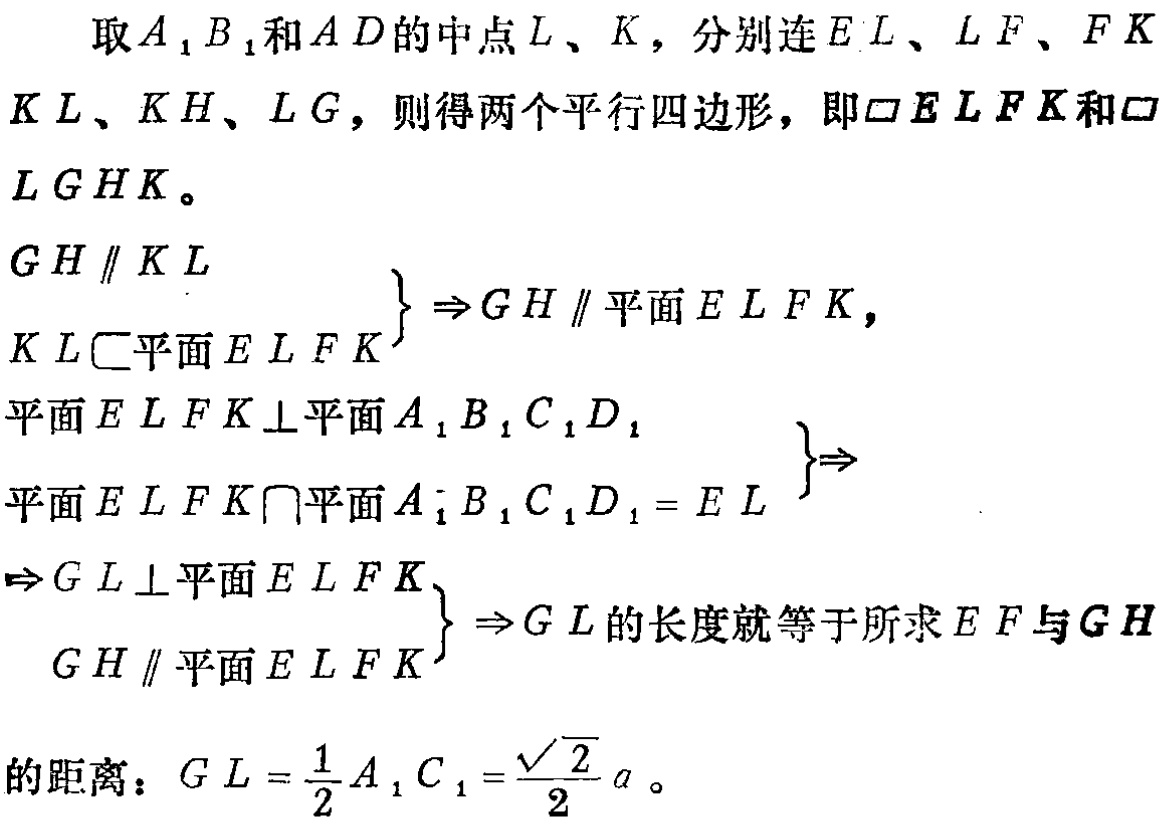
取\(A_{1}B_{1}\)和\(AD\)的中点\(L\)、\(K\)，分别连\(EL\)、\(LF\)、\(FK\)、\(KL\)、\(KH\)、\(LG\)，则得两个平行四边形，即\(\square ELFK\)和\(\square LGHK\)。
\[
\begin{align*}
\left.\begin{array}{l}
GH\parallel KL\\
KL\subset\text{平面}ELFK
\end{array}\right\}
&\Rightarrow GH\parallel\text{平面}ELFK,\\
\left.\begin{array}{l}
\text{平面}ELFK\perp\text{平面}A_{1}B_{1}C_{1}D_{1}\\
\text{平面}ELFK\cap\text{平面}A_{1}B_{1}C_{1}D_{1}=EL
\end{array}\right\}
&\Rightarrow\\
\left.\begin{array}{l}
\Rightarrow GL\perp\text{平面}ELFK\\
GH\parallel\text{平面}ELFK
\end{array}\right\}
&\Rightarrow GL\text{的长度就等于所求}EF\text{与}GH\\
\end{align*}
\]
的距离：\(GL = \frac{1}{2}A_{1}C_{1}=\frac{\sqrt{2}}{2}a\)。